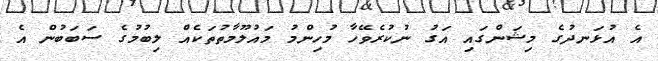
އެ އުޅަނދުގެ މިޝަންގައި އަގު ނުކުރެވޭހާ މުހިންމު މައުލޫމާތުތަކެއް ލިބުމުގެ ސަބަބުން އެ